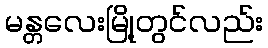
မန္တလေးမြို့တွင်လည်း